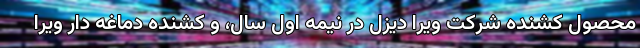
محصول کشنده شرکت ویرا دیزل در نیمه اول سال، و کشنده دماغه دار ویرا